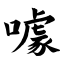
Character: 噱